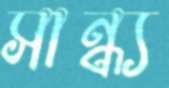
সান্ধ্য